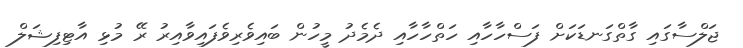
ޖަލްސާގައި ގާތްގަނޑަކަށް ފަސްހާހާއި ހަތްހާހާއި ދެމެދު މީހުން ބައިވެރިވެފައިވާއިރު ރޭ މުޅި އާޓިފިޝަލް